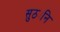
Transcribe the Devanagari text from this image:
सुठ्यनि